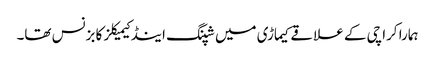
ہمارا کراچی کے علاقے کیماڑی میں شپنگ اینڈ کیمیکلز کا بزنس تھا۔